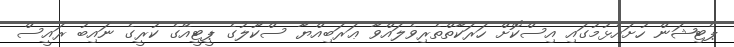
ޕެޓިޝަން ހުށައެޅުމުގައި އިސްކޮށް ހަރަކާތްތެރިވެލައްވާ ޢަރަބިއްޔާ ސްކޫލުގެ ޕީޓީއޭގެ ކުރީގެ ނައިބު ރައީސް